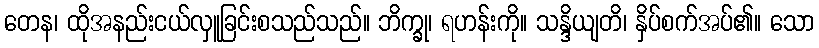
တေန၊ ထိုအနည်းငယ်လှူခြင်းစသည်သည်။ ဘိက္ခု၊ ရဟန်းကို။ သန္ဒိယျတိ၊ နှိပ်စက်အပ်၏။ သော